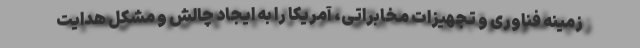
زمینه فناوری و تجهیزات مخابراتی، آمریکا را به ایجاد چالش‌ و مشکل هدایت